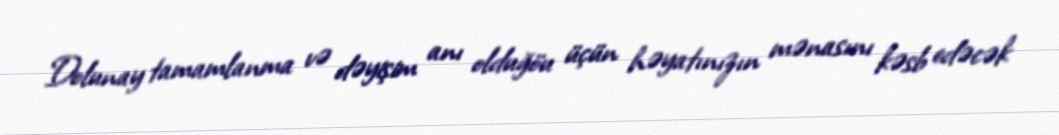
Dolunay tamamlanma və dəyişim anı olduğöu üçün həyatınızın mənasını kəsb edəcək